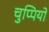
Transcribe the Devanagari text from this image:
चुप्पियों